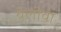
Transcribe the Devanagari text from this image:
येलोवा